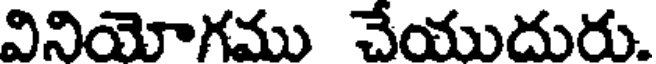
వినియోగము చేయుదురు.